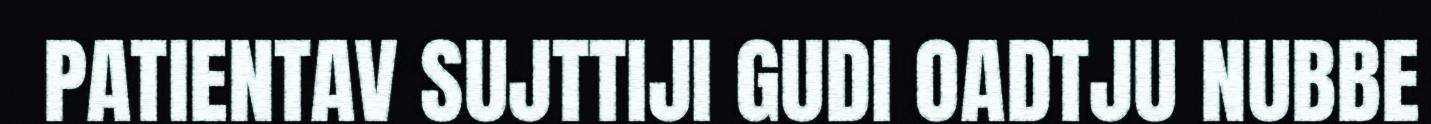
PATIENTAV SUJTTIJI GUDI OADTJU NUBBE